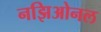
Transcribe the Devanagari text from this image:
नझिओनल